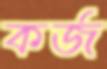
কর্জ